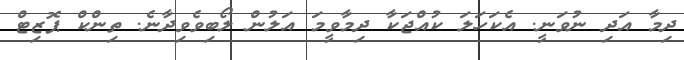
ދިމާ އަދި ނުވަނީ. އެކަހަލަ ކުއްޖަކާ ދިމާވީމަ އަލުން ލޯބިވެވިދާނެ. ތިންކް ޕޮޒިޓް